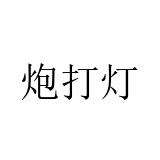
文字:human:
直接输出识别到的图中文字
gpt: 炮打灯